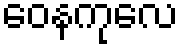
ဝေနကုလေ